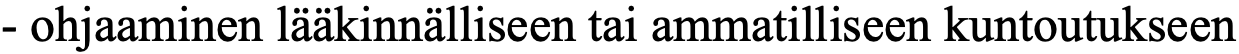
- ohjaaminen lääkinnälliseen tai ammatilliseen kuntoutukseen